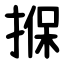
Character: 㨐